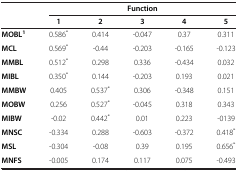
<table><thead><tr><td rowspan="2"><b> </b></td><td colspan="5"><b>Function</b></td></tr><tr><td><b>1</b></td><td><b>2</b></td><td><b>3</b></td><td><b>4</b></td><td><b>5</b></td></tr></thead><tbody><tr><td><b>MOBL</b><sup><b>1</b></sup></td><td>0.586<sup>*</sup></td><td>0.414</td><td>-0.047</td><td>0.37</td><td>0.311</td></tr><tr><td><b>MCL</b></td><td>0.569<sup>*</sup></td><td>-0.44</td><td>-0.203</td><td>-0.165</td><td>-0.123</td></tr><tr><td><b>MMBL</b></td><td>0.512<sup>*</sup></td><td>0.298</td><td>0.336</td><td>-0.434</td><td>0.032</td></tr><tr><td><b>MIBL</b></td><td>0.350<sup>*</sup></td><td>0.144</td><td>-0.203</td><td>0.193</td><td>0.021</td></tr><tr><td><b>MMBW</b></td><td>0.405</td><td>0.537<sup>*</sup></td><td>0.306</td><td>-0.348</td><td>0.151</td></tr><tr><td><b>MOBW</b></td><td>0.256</td><td>0.527<sup>*</sup></td><td>-0.045</td><td>0.318</td><td>0.343</td></tr><tr><td><b>MIBW</b></td><td>-0.02</td><td>0.442<sup>*</sup></td><td>0.01</td><td>0.223</td><td>-0139</td></tr><tr><td><b>MNSC</b></td><td>-0.334</td><td>0.288</td><td>-0.603</td><td>-0.372</td><td>0.418<sup>*</sup></td></tr><tr><td><b>MSL</b></td><td>-0.304</td><td>-0.08</td><td>0.39</td><td>0.195</td><td>0.656<sup>*</sup></td></tr><tr><td><b>MNFS</b></td><td>-0.005</td><td>0.174</td><td>0.117</td><td>0.075</td><td>-0.493</td></tr></tbody></table>